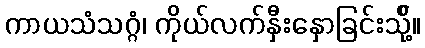
ကာယသံသဂ္ဂံ၊ ကိုယ်လက်နှီးနှောခြင်းသို့်။